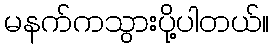
မနက်ကသွားပို့ပါတယ်။